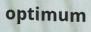
optimum